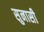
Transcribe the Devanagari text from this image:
सुनासी